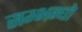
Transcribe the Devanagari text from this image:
सम्भन्धो